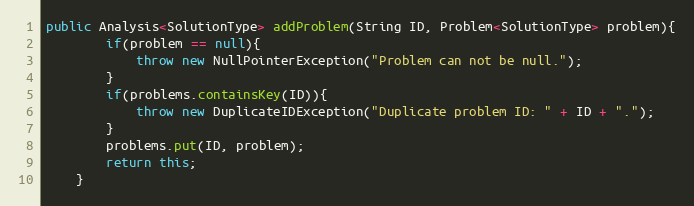
Language: Java
public Analysis<SolutionType> addProblem(String ID, Problem<SolutionType> problem){
        if(problem == null){
            throw new NullPointerException("Problem can not be null.");
        }
        if(problems.containsKey(ID)){
            throw new DuplicateIDException("Duplicate problem ID: " + ID + ".");
        }
        problems.put(ID, problem);
        return this;
    }